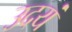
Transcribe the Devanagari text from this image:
उदयं